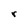
Character: r